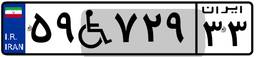
۵۹W۷۲۹۳۳